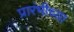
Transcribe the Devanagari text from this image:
प्रारंभीच्‍या